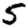
Digit: 5